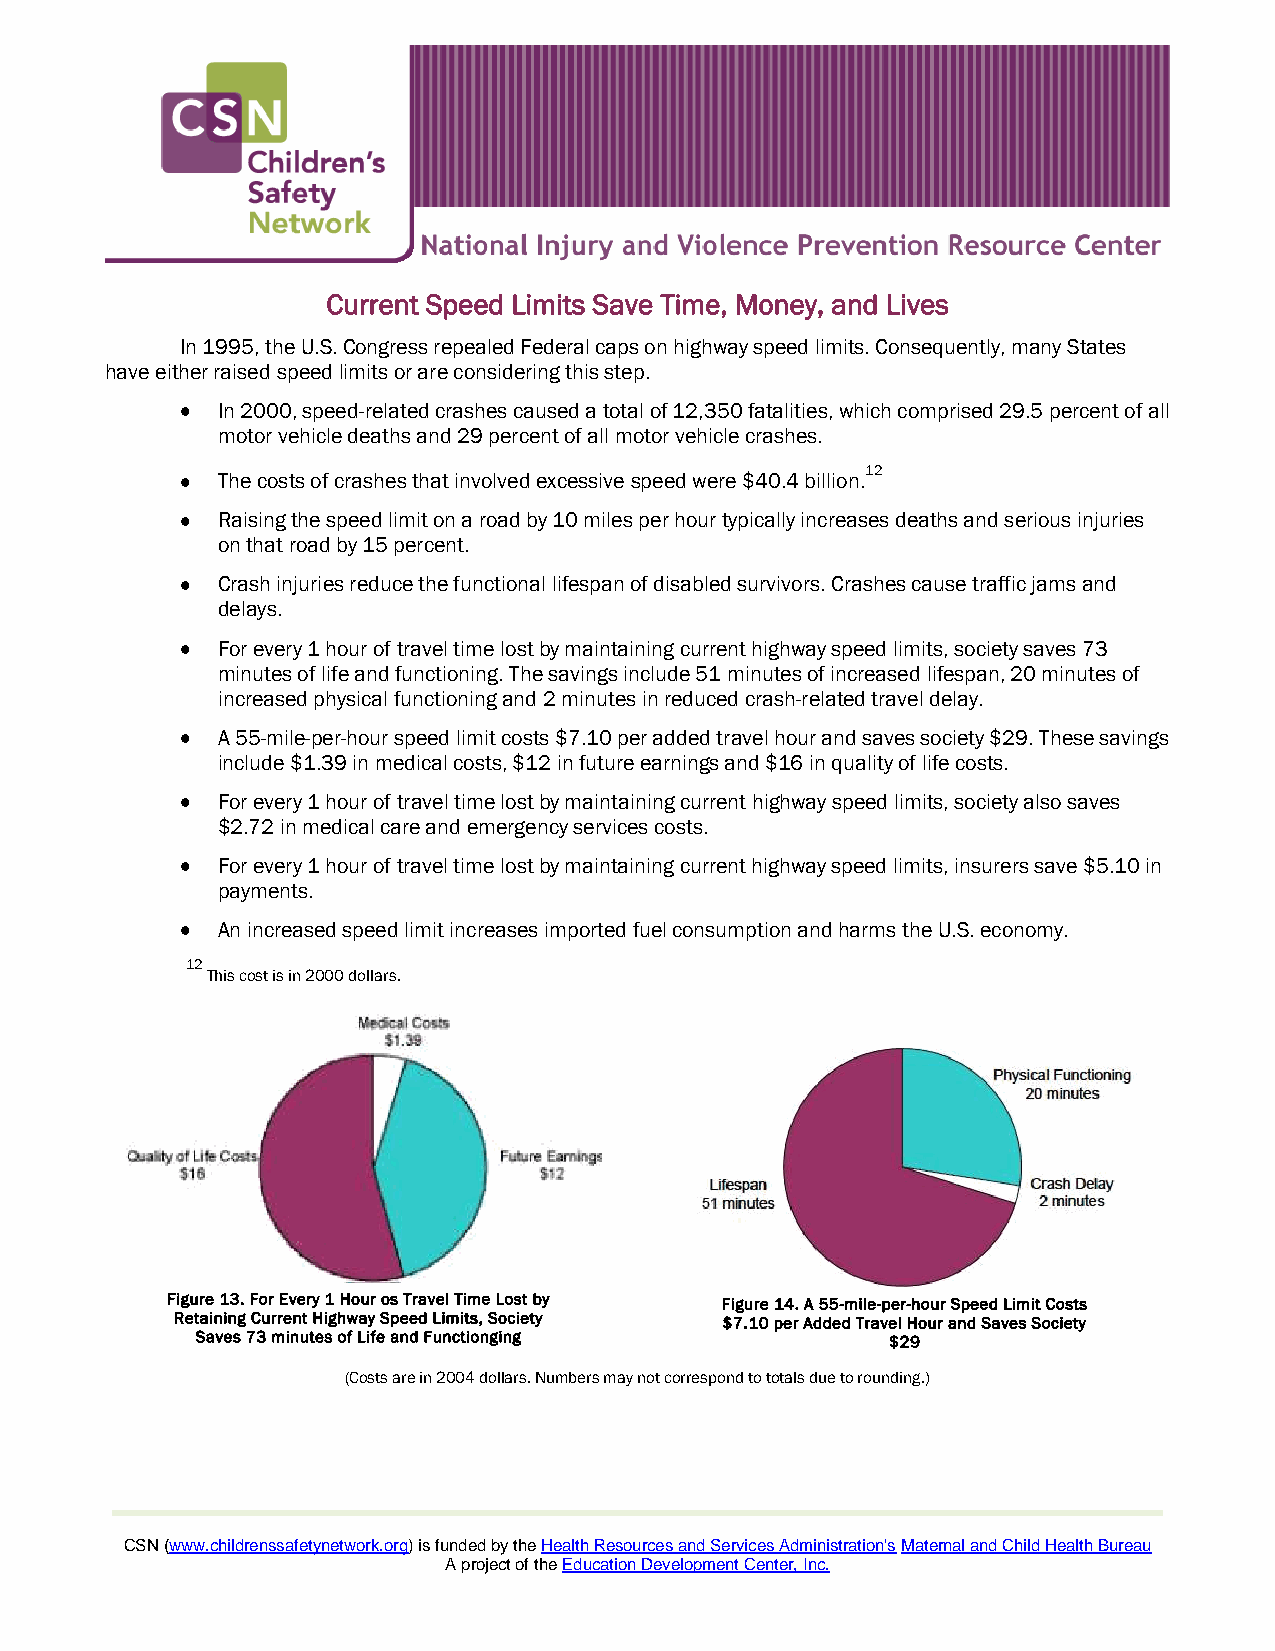
Current Speed Limits Save Time, Money, and Lives
 In 1995, the U.S. Congress repealed Federal caps on highway speed limits. Consequently, many States
 have either raised speed limits or are considering this step.
 In 2000, speed-related crashes caused a total of 12,350 fatalities, which comprised 29.5 percent of all
 motor vehicle deaths and 29 percent of all motor vehicle crashes.
 12
 The costs of crashes that involved excessive speed were $40.4 billion.
 Raising the speed limit on a road by 10 miles per hour typically increases deaths and serious injuries
 on that road by 15 percent.
 Crash injuries reduce the functional lifespan of disabled survivors. Crashes cause traffic jams and
 delays.
 For every 1 hour of travel time lost by maintaining current highway speed limits, society saves 73
 minutes of life and functioning. The savings include 51 minutes of increased lifespan, 20 minutes of
 increased physical functioning and 2 minutes in reduced crash-related travel delay.
 A 55-mile-per-hour speed limit costs $7.10 per added travel hour and saves society $29. These savings
 include $1.39 in medical costs, $12 in future earnings and $16 in quality of life costs.
 For every 1 hour of travel time lost by maintaining current highway speed limits, society also saves
 $2.72 in medical care and emergency services costs.
 For every 1 hour of travel time lost by maintaining current highway speed limits, insurers save $5.10 in
 payments.
 An increased speed limit increases imported fuel consumption and harms the U.S. economy.
 12
 This cost is in 2000 dollars.
 Figure 13. For Every 1 Hour os Travel Time Lost by Figure 14. A 55-mile-per-hour Speed Limit Costs
 Retaining Current Highway Speed Limits, Society $7.10 per Added Travel Hour and Saves Society
 Saves 73 minutes of Life and Functionging     $29
 (Costs are in 2004 dollars. Numbers may not correspond to totals due to rounding.)
 CSN (www.childrenssafetynetwork.org) is funded by the Health Resources and Services Administration's Maternal and Child Health Bureau
 A project of the Education Development Center, Inc.